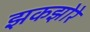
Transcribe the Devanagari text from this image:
झकझोरे